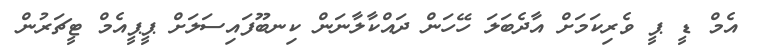
އެމް ޑީ ޕީ ވެރިކަމަށް އާދެބަލަ ހޭހަން ދައްކާލާނަން ކިނބޫފައިސަލަށް ޕީޕީއެމް ޓީޗަރުން